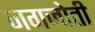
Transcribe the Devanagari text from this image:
जगजोती